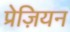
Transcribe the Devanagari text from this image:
प्रेज़ियन